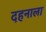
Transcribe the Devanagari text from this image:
दहनाला